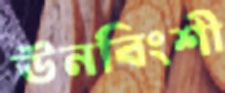
ঊনবিংশী